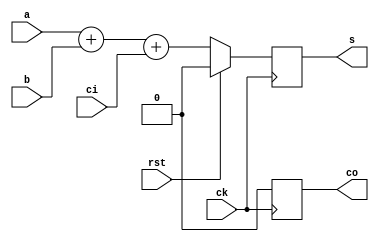
// -----------------------------------------------------------------------------
//  Title         : 1bit full-adder with output latch
//  Project       : 
// -----------------------------------------------------------------------------
//  Author        : 
//  Last modified : 
// -----------------------------------------------------------------------------
//  Description   : 1bit full-adder with output latch
// -----------------------------------------------------------------------------
//  Copyright (C) 2018 ??? All Rights Reserved.
// -----------------------------------------------------------------------------

`timescale  1ns/1ps

module fa(
    input   wire    ck,
    input   wire    rst,
    input   wire    a,
    input   wire    b,
    input   wire    ci,
    output  wire    s,
    output  wire    co
);

    reg       r_s, r_co;

    assign s = r_s, co = r_co;

    always @(posedge ck) begin
        if (rst == 1'b1) begin
            r_s <= 1'b0; r_co <= 1'b0;
        end
        else begin
            {r_co, r_s} = {a + b + ci};
//            r_s <= a ^ b ^ ci;
//            r_co <= (a & b) | (b & ci) | (ci & a);
        end
    end
endmodule